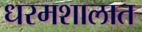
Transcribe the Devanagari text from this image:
धरमशालात